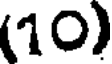
(10)